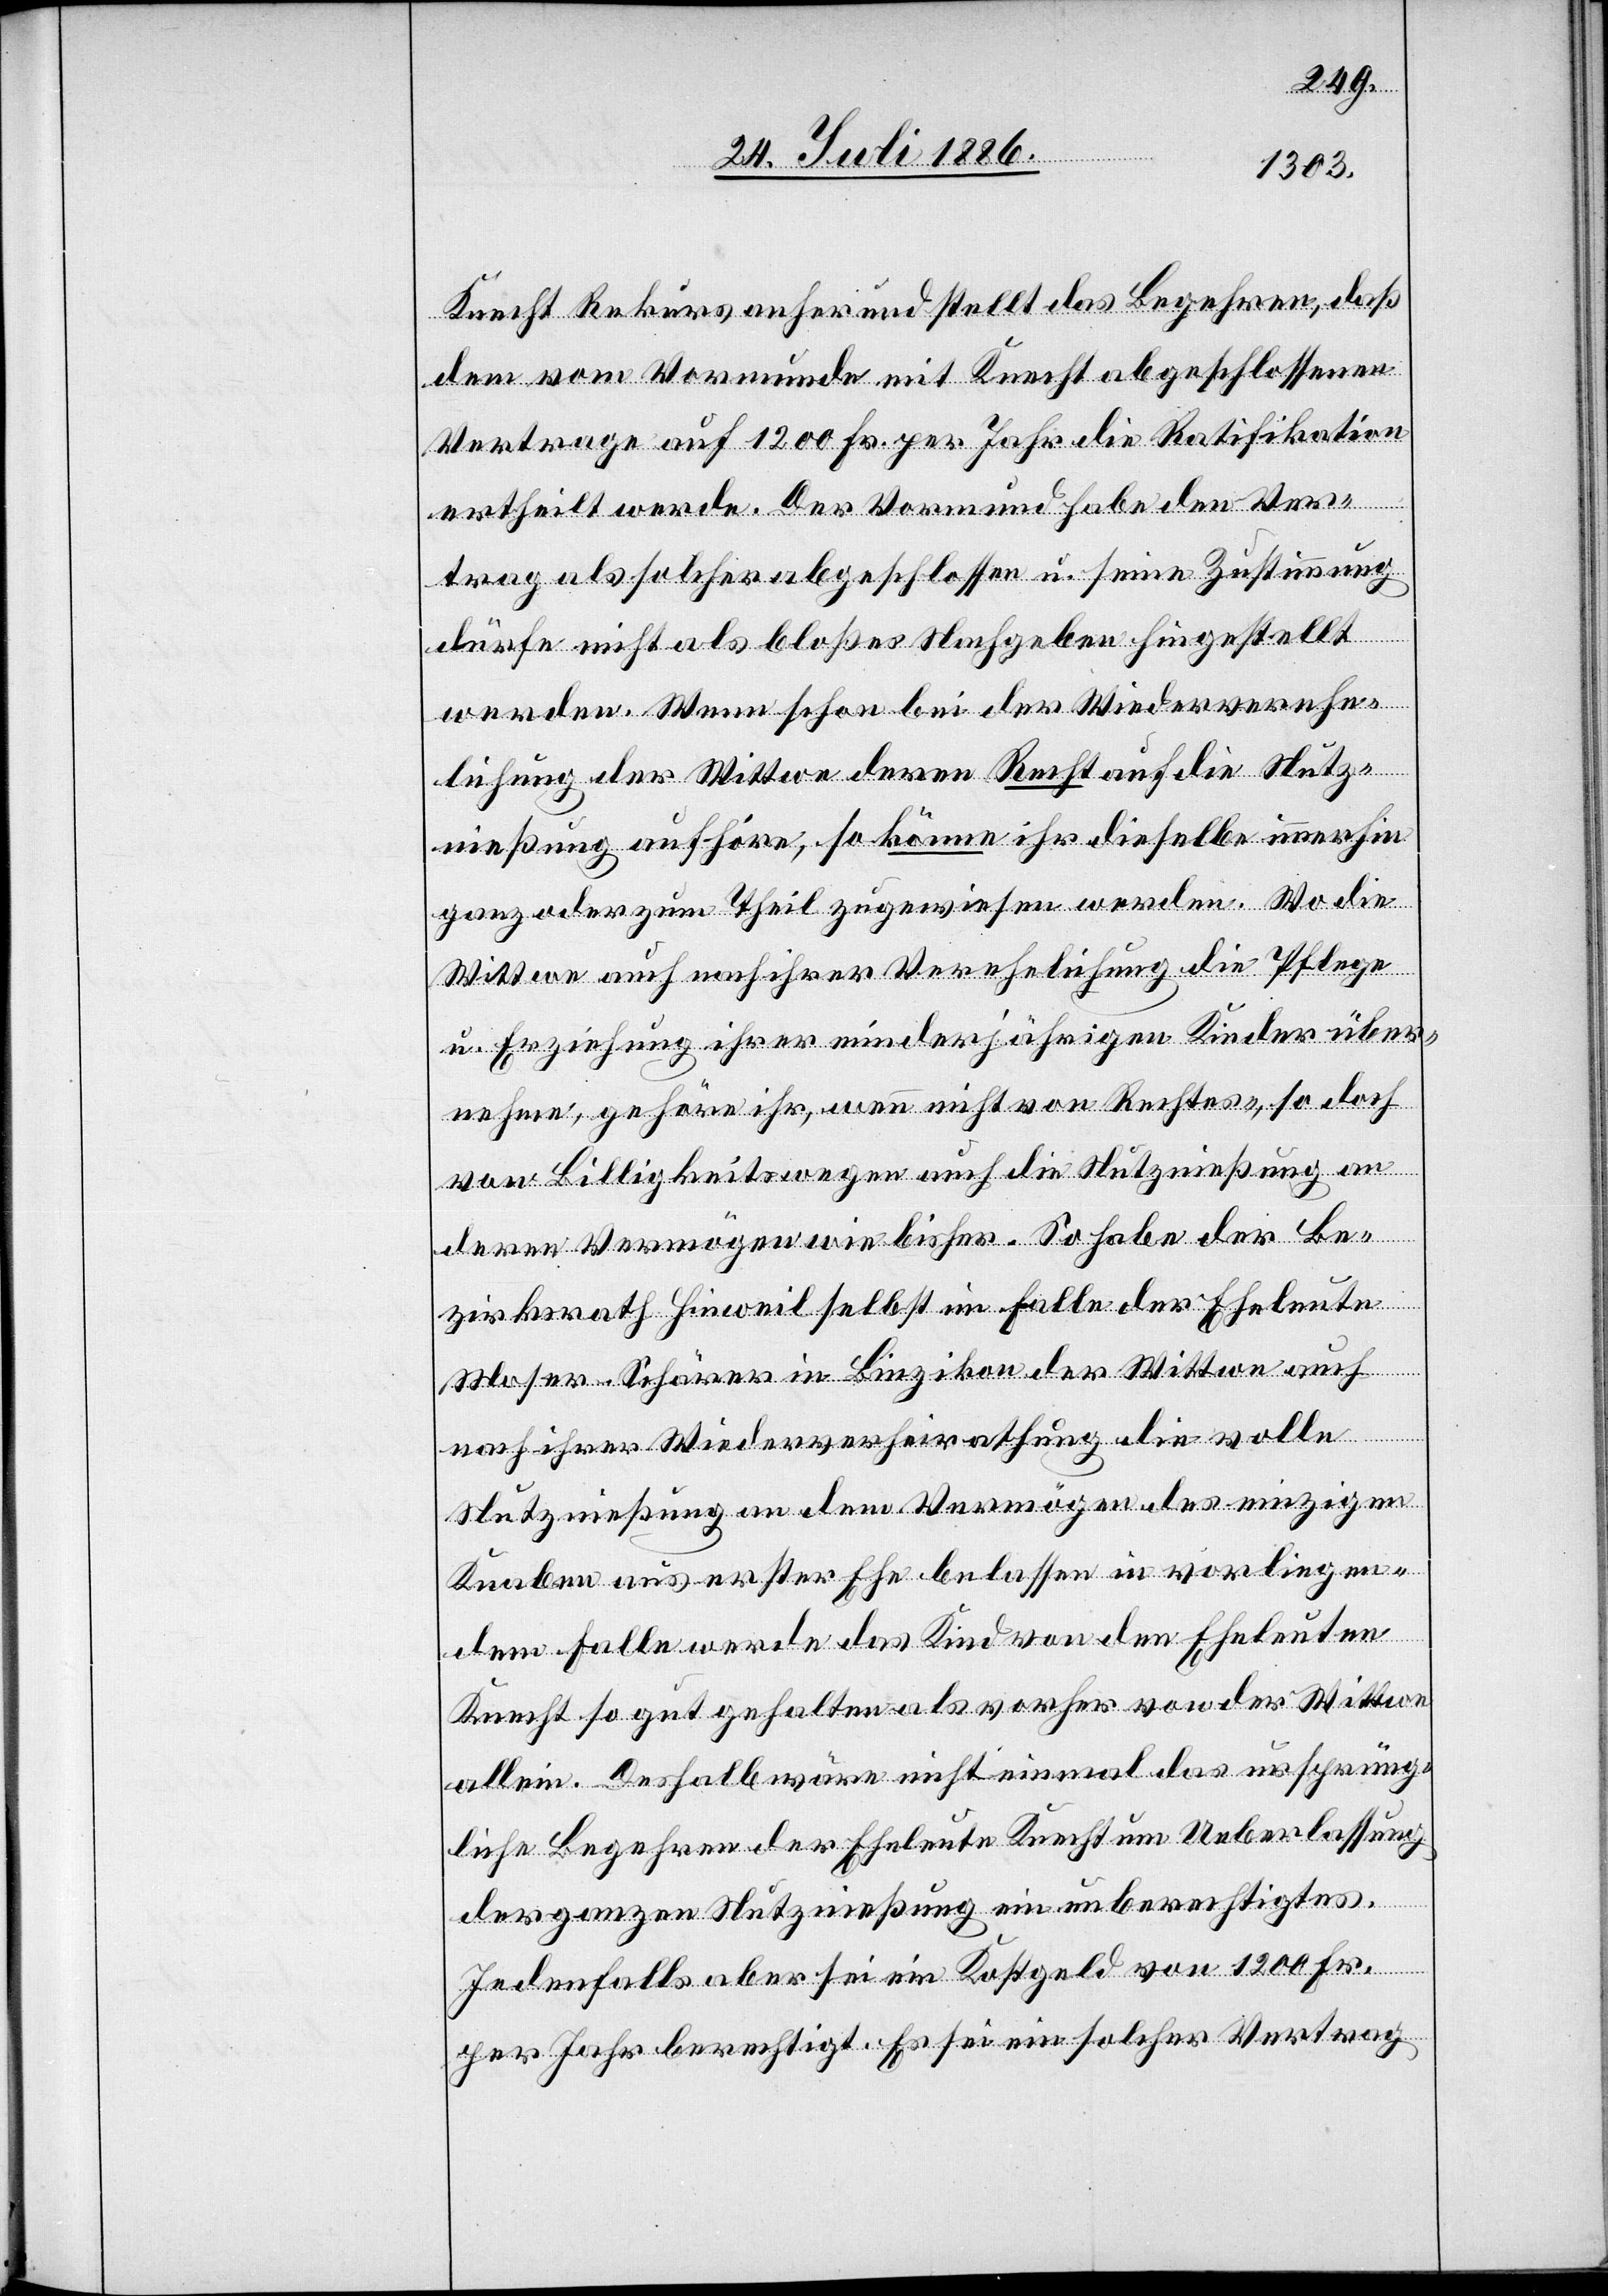
Knecht Rekurs anher und stellt das Begehren, daß
dem vom Vormunde mit Knecht abgeschlossenen
Vertrage auf 1200 Fr. per Jahr die Ratifikation
ertheilt werde. Der Vormund habe den Ver¬
trag als solcher abgeschlossen u. seine Zustimmung
dürfe nicht als bloßes Nachgeben hingestellt
werden. Wenn schon bei der Wiederverehe¬
lichung der Wittwe deren Recht auf die Nutz¬
nießung aufhöre, so könne ihr dieselbe immerhin
ganz oder zum Theil zugewiesen werden. Wo die
Wittwe auch nach ihrer Verehelichung die Pflege
u. Erziehung ihrer minderjährigen Kinder über¬
nehme, gehöre ihr, wenn nicht von Rechtes-, so doch
von Billigkeitswegen auch die Nutznießung an
deren Vermögen wie bisher. So habe der Be¬
zirksrath Hinweil selbst im Falle der Eheleute
Moser-Schärer in Binzikon der Wittwe auch
nach ihrer Wiederverheirathung die volle
Nutznießung an dem Vermögen des einzigen
Knaben aus erster Ehe belassen in vorliegen¬
dem Falle werde das Kind von den Eheleuten
Knecht so gut gehalten als vorher von der Wittwe
allein. Deshalb wäre nicht einmal das ursprüng¬
liche Begehren der Eheleute Knecht um Ueberlassung
der ganzen Nutznießung ein unberechtigtes.
Jedenfalls aber sei ein Kostgeld von 1200 Fr.
per Jahr berechtigt. Es sei ein solcher Vertrag